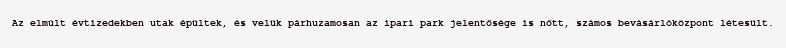
Az elmúlt évtizedekben utak épültek, és velük párhuzamosan az ipari park jelentősége is nőtt, számos bevásárlóközpont létesült.